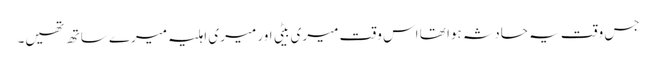
جس وقت یہ حادثہ ہوا تھا اس وقت میری بیٹی اور میری اہلیہ میرے ساتھ تھیں۔